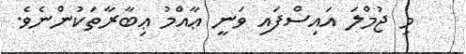
މި ޖުމްލަ އައިސްފައި ވަނީ ޢާއްމު ޢިބާރާތަކުންނެވެ.